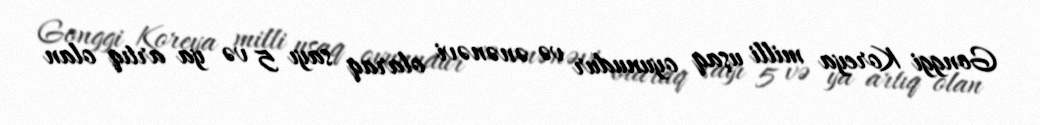
Gonggi Koreya milli uşaq oyunudur və ənənəvi olaraq sayı 5 və ya artıq olan